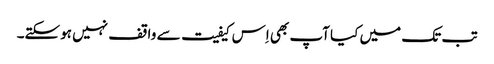
تب تک میں کیا آپ بھی اِس کیفیت سے واقف نہیں ہوسکتے۔